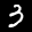
Label: 3